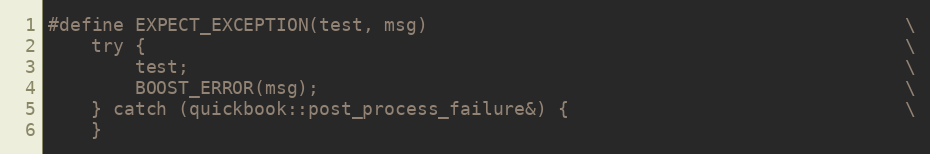
Language: C++
#define EXPECT_EXCEPTION(test, msg)                                            \
    try {                                                                      \
        test;                                                                  \
        BOOST_ERROR(msg);                                                      \
    } catch (quickbook::post_process_failure&) {                               \
    }